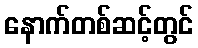
နောက်တစ်ဆင့်တွင်